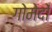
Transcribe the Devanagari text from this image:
गोमेदों